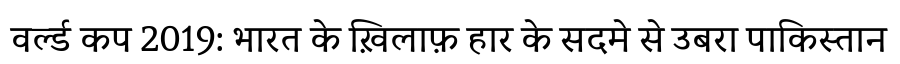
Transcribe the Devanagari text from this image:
वर्ल्ड कप 2019: भारत के ख़िलाफ़ हार के सदमे से उबरा पाकिस्तान